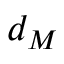
d _ { M }